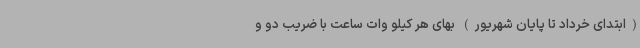
(ابتدای خرداد تا پایان شهریور) بهای هر کیلو وات ساعت با ضریب دو و